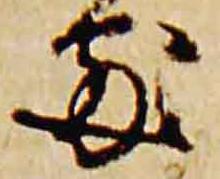
処